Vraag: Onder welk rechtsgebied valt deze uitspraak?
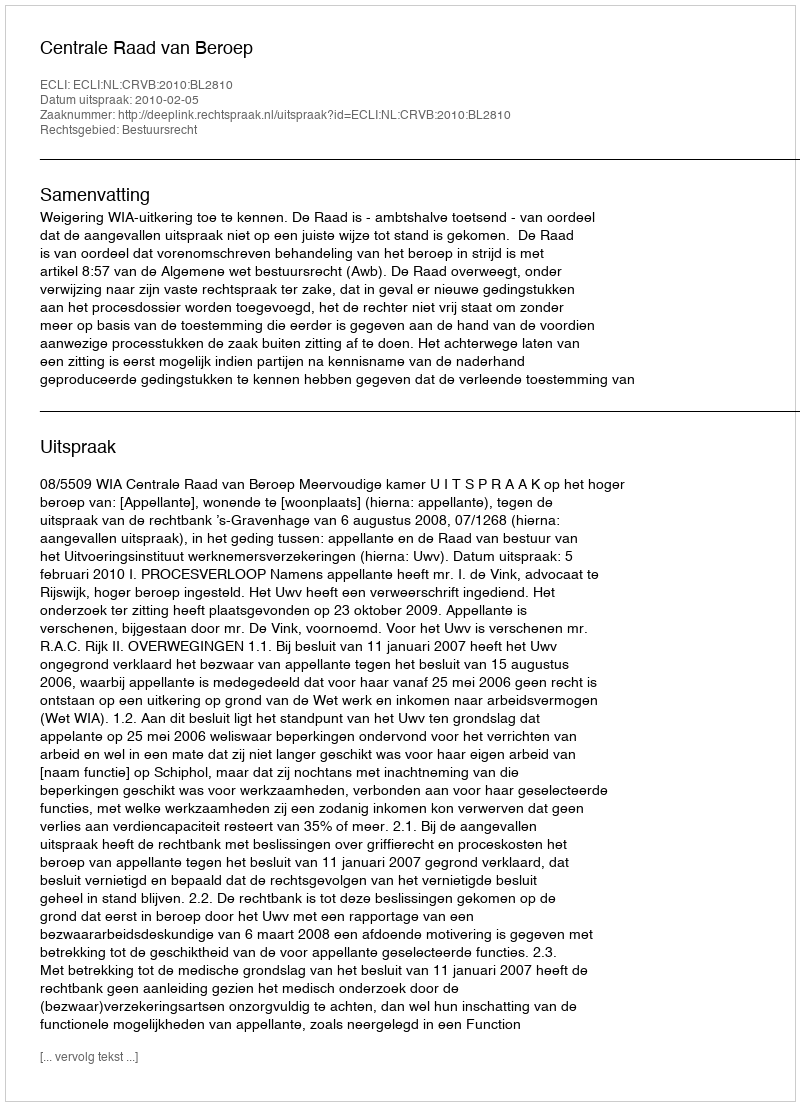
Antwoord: Bestuursrecht